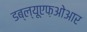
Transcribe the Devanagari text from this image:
डब्ल्यूएफ़ओआर